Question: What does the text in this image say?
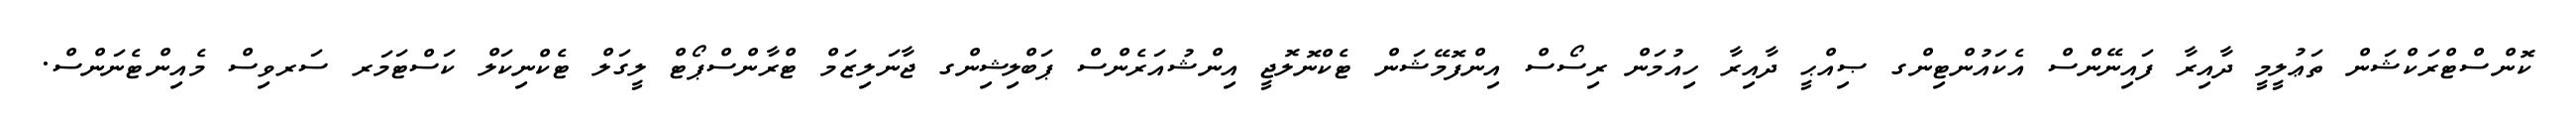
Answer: ކޮންސްޓްރަކްޝަން ތަޢުލީމީ ދާއިރާ ފައިނޭންސް އެކައުންޓިންގ ޞިއްޙީ ދާއިރާ ހިއުމަން ރިސޯސް އިންފޮމޭޝަން ޓެކްނޮލޮޖީ އިންޝުއަރެންސް ޕަބްލިޝިންގ ޖާނަލިޒަމް ޓްރާންސްޕޯޓް ލީގަލް ޓެކްނިކަލް ކަސްޓަމަރ ސަރވިސް މެއިންޓެނަންސް.